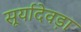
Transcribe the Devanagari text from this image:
सूर्यादेवड़ा